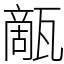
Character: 甋